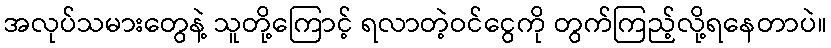
အလုပ်သမားတွေနဲ့ သူတို့ကြောင့် ရလာတဲ့ဝင်ငွေကို တွက်ကြည့်လို့ရနေတာပဲ။